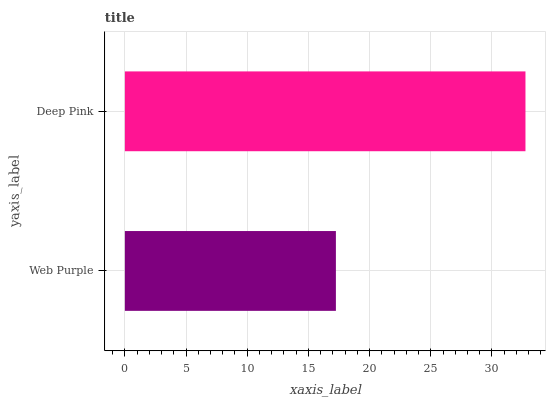
| yaxis_label | bars |
 | --- | --- |
 | Web Purple | 17.2 |
 | Deep Pink | 32.7 |